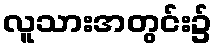
လူသားအတွင်း၌